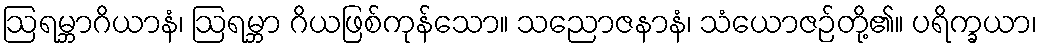
ဩရမ္ဘာဂိယာနံ၊ ဩရမ္ဘာ ဂိယဖြစ်ကုန်သော။ သညောဇနာနံ၊ သံယောဇဉ်တို့၏။ ပရိက္ခယာ၊